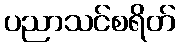
ပညာသင်စရိတ်